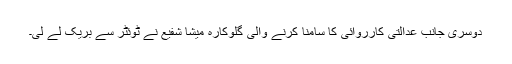
دوسری جانب عدالتی کارروائی کا سامنا کرنے والی گلوکارہ میشا شفیع نے ٹوئٹر سے بریک لے لی۔